Report on plague in the Punjab from October 1st ... to September 30th ..., being the ... season of plague in the province
Disease focus: Plague
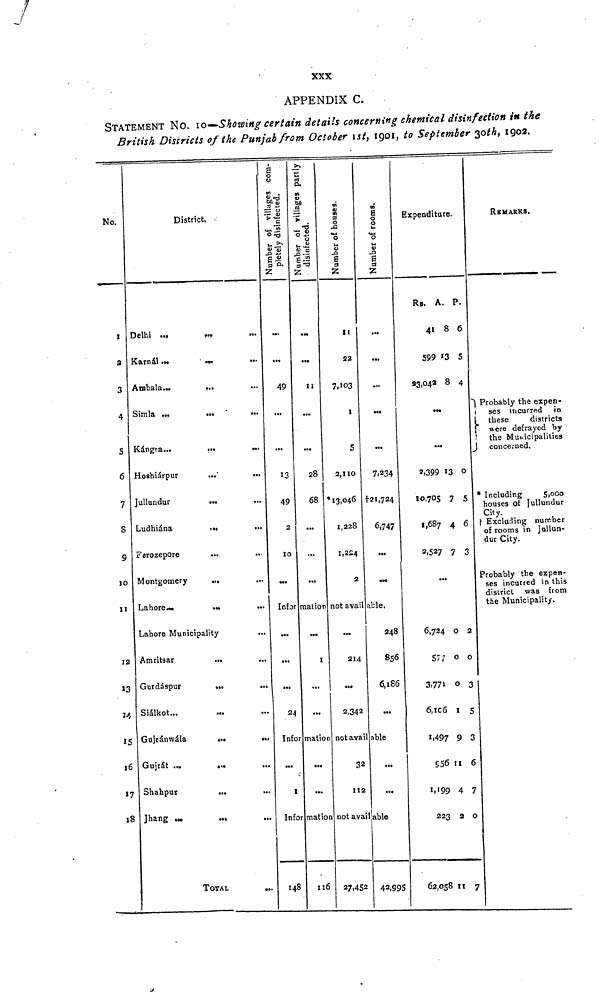
XXX
APPENDIX C.
STATEMENT No. 10-Showing certain details concerning chemical disinfection in the
British Districts of the Punjab from October 1st, 1901, to September 30th, 1902.
No.
I
a
3
4
5
6
7
S
9
10
11
12
13
34
15
16
17
18
District.
Delhi
... ...
Karnál
...
Ambala...
...
Simla
...
...
...
Kángra...
...
...
Hoshiárpur
...
...
Jullundur
».
...
Ludhiána
...
...
Ferozepore
...
...
Montgomery
...
Lahore...
...
Lahore Municipality
...
Amritsar
...
Gurdáspur
..
Siálkot...
Gujránwála
...
...
Gujrát ...
...
...
Shahpur
...
...
Jhang ...
..,
TOTAL
o o
W .
£ 8
Z
...
49
...
13
49
2
10
Infor
...
...
...
24
Infor
...
I
Info
148
...
...
11
...
28
68
...
...
mation
•••
1
...
...
mation
...
...
mation
116
m
II
22
7,103
1
5
2,110
* 13,046
1,228
1,224
2
not avail
...
214
•••
2,342
not avail
32
112
not avail
27,452
...
...
...
...
...
7,234
†21,724
6,747
...
•M
able.
248
856
6,186
...
able
...
...
able
43,995
Expenditure.
Rs. A. P.
41 8 6
599 13 5
33,042 8 4
...
...
2,399 13 0
10,705 7 5
1,687 4 6
2,527 7 3
...
6,724 0 2
577 0 0
3,771 0 3
6,106 1 5
1,497 9 3
956 11 6
1,199 4 7
223 2 o
62,058 11 7
REMARKS.
Probably the expen-
ses incurred in
these
districts
were defrayed by
the Municipalities
concerned.
* Including
5,000
houses of Jullundur
City.
Excluding number
of rooms in Jullun-
dur City.
Probably the expen-
ses incurred in this
district was from
the Municipality.